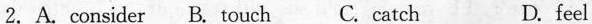
2. A.Consider B. Touch C. Catch D. Feel